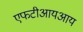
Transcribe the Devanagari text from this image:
एफटीआयआय